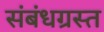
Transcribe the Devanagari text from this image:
संबंधग्रस्त